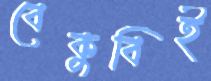
বেকুবিই